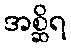
အစ္ဆိရ